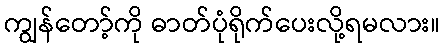
ကျွန်တော့်ကို ဓာတ်ပုံရိုက်ပေးလို့ရမလား။